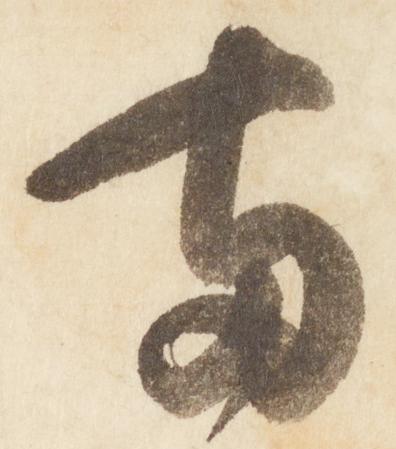
両